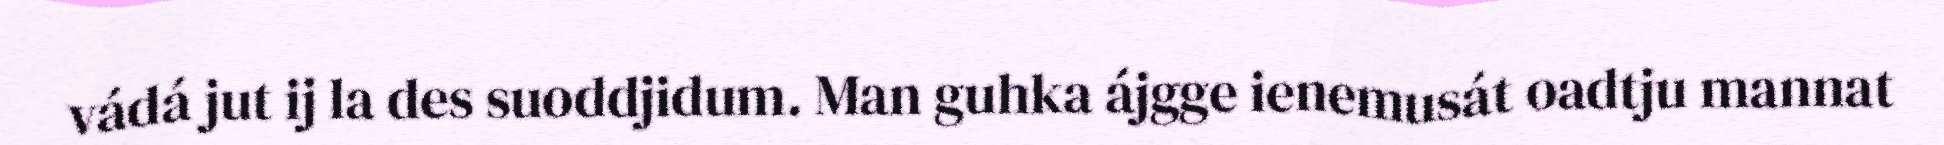
vádá jut ij la des suoddjidum. Man guhka ájgge ienemusát oadtju mannat